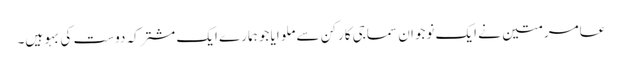
عامر متین نے ایک نوجوان سماجی کارکن سے ملوایا جو ہمارے ایک مشترکہ دوست کی بہو ہیں۔